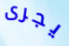
يجرى